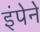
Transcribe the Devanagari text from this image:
इंपेने